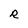
Character: R